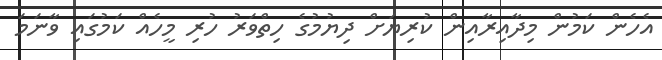
އެހެން ކަމުން މިދާއިރާއިން ކުރިޔަށް ދިޔުމުގެ ހިތްވަރު ހުރި މީހެއް ކަމުގައި ވާނަމަ